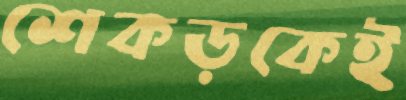
শেকড়কেই